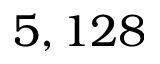
5 , 1 2 8